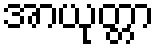
အာယုတ္တာ